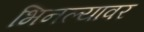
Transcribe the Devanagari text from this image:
भिनल्यावर